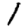
Digit: 1